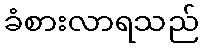
ခံစားလာရသည်